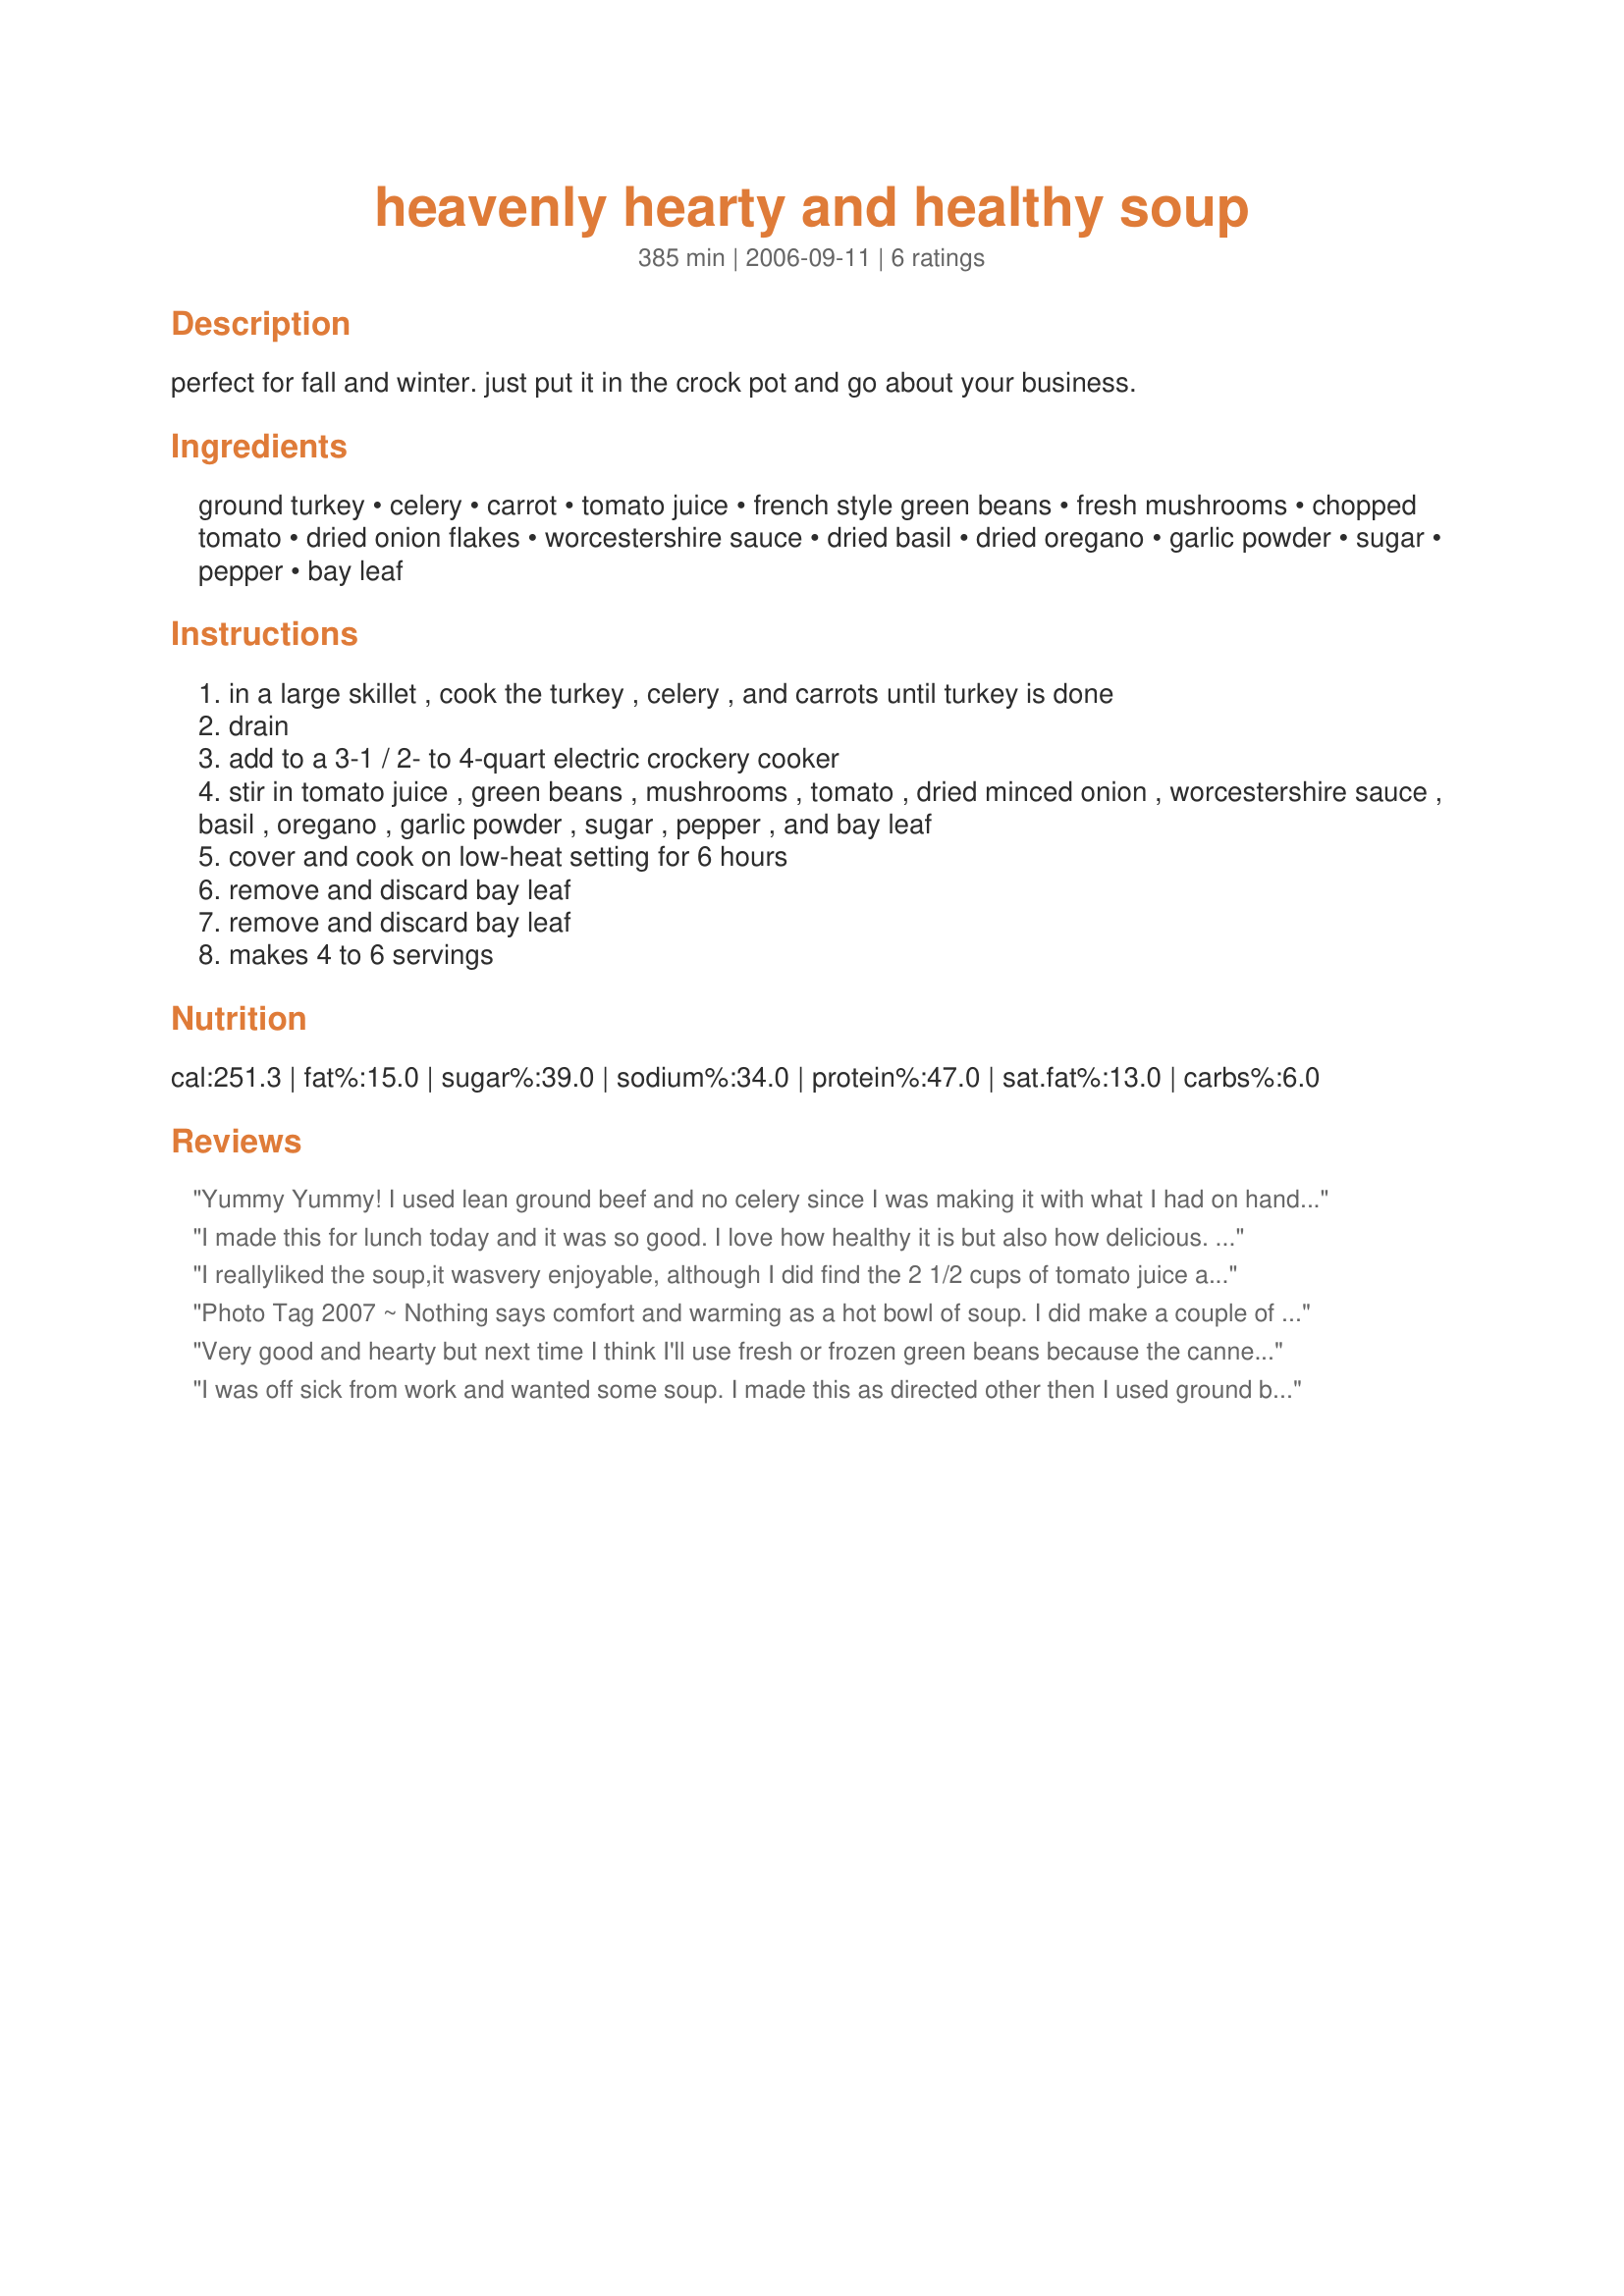
heavenly hearty and healthy soup
Preparation time: 385 minutes

perfect for fall and winter. just put it in the crock pot and go about your business.

Ingredients:
ground turkey, celery, carrot, tomato juice, french style green beans, fresh mushrooms, chopped tomato, dried onion flakes, worcestershire sauce, dried basil, dried oregano, garlic powder, sugar, pepper, bay leaf

Steps:
in a large skillet , cook the turkey , celery , and carrots until turkey is done
drain
add to a 3-1 / 2- to 4-quart electric crockery cooker
stir in tomato juice , green beans , mushrooms , tomato , dried minced onion , worcestershire sauce , basil , oregano , garlic powder , sugar , pepper , and bay leaf
cover and cook on low-heat setting for 6 hours
remove and discard bay leaf
remove and discard bay leaf
makes 4 to 6 servings

Reviews:
Yummy Yummy! I used lean ground beef and no celery since I was making it with what I had on hand. It really hit the spot on a cold evening.
I made this for lunch today and it was so good. I love how healthy it is but also how delicious. It really hit the spot! Thanks for sharing. Made for Went to the Market tag game.
I reallyliked the soup,it wasvery enjoyable, although I did find the 2 1/2 cups of tomato juice a little too much. Next time I'll put a little less of it.
Photo Tag 2007 ~ Nothing says comfort and warming as a hot bowl of soup. I did make a couple of slight changes, such as I used boneless pork chops that I ran through the mincer and added 1 medium size peeled and cubed potato. I too, used frozen green beans (I don't buy canned veggies) and added more carrots. The previous reviewer said it was too much liquid...I thought it could have used just a bit more! I made Recipe #60382 to serve with this and sprinkled a little feta cheese on top of the soup. Will definitely make this again using chicken. Thanks Annacia. :)
Very good and hearty but next time I think I'll use fresh or frozen green beans because the canned become tasteless after cooking all day.I also used more mushrooms than called for and some fresh oregano (instead of dried). Thanks for sharing!
I was off sick from work and wanted some soup. I made this as directed other then I used ground beef instead of turkey or chicken as that is what I had on hand (and since I was sick I wasn't running to the store LOL) Nice hearty soup that I really enjoyed. Made for Fall PAC 2008.
